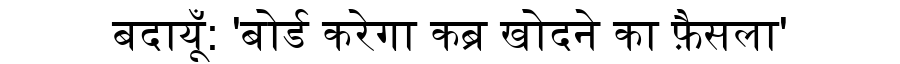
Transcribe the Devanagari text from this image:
बदायूँ: 'बोर्ड करेगा कब्र खोदने का फ़ैसला'